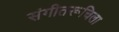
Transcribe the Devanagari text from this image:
संगीतरूचिला